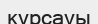
кұрсауы